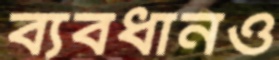
ব্যবধানও